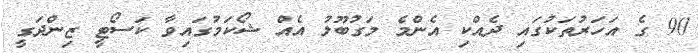
90 ގެ އަހަރުތަކުގައި ދެއްކި އެންމެ މަގުބޫލު އެއް ޝޯކަމުގައިވާ ކަސޯޓީ ޒިންދަގީ